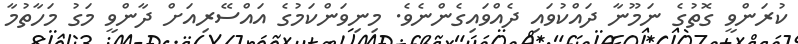
ކުރަންވީ ގޮތުގެ ނަމޫނާ ދައްކުވައި ދެއްވައިގެންނެވެ. މިނިވަންކަމުގެ އައްސޭރިއަށް ދާންވީ މަގު މަހާތުމާ